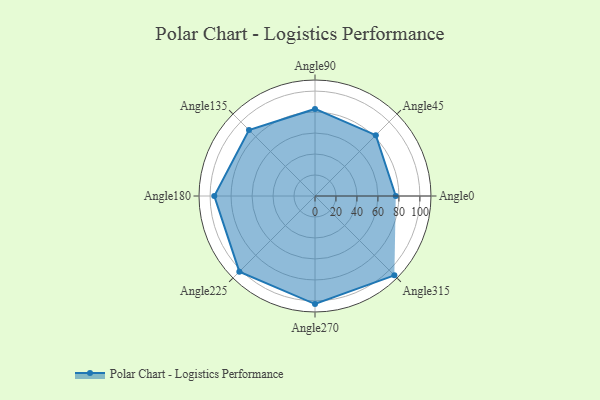
{"axis": {"x": "Angle", "y": "Radius"}, "legend": [""], "data": [{"x": "Angle0", "y": 77.0, "type": ""}, {"x": "Angle45", "y": 82.0, "type": ""}, {"x": "Angle90", "y": 83.0, "type": ""}, {"x": "Angle135", "y": 89.0, "type": ""}, {"x": "Angle180", "y": 96.0, "type": ""}, {"x": "Angle225", "y": 102.0, "type": ""}, {"x": "Angle270", "y": 103.0, "type": ""}, {"x": "Angle315", "y": 107.0, "type": ""}]}